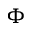
\Phi